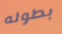
بطوله